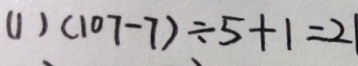
( 1 ) ( 1 0 7 - 7 ) \div 5 + 1 = 2 1